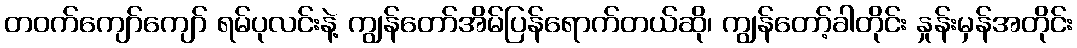
တဝက်ကျော်ကျော် ရမ်ပုလင်းနဲ့ ကျွန်တော်အိမ်ပြန်ရောက်တယ်ဆို၊ ကျွန်တော့်ခါတိုင်း နှုန်းမှန်အတိုင်း